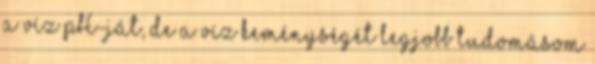
a víz pH-ját, de a víz keménységét legjobb tudomásom